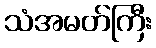
သံအမတ်ကြီး